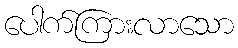
ပေါက်ကြားလာသော